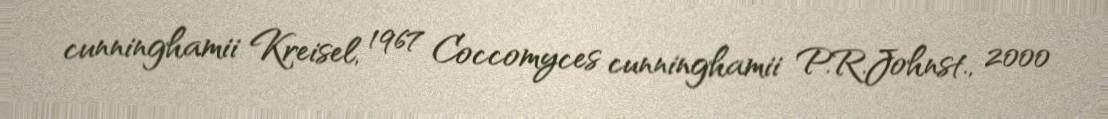
cunninghamii Kreisel, 1967 Coccomyces cunninghamii P.R.Johnst., 2000